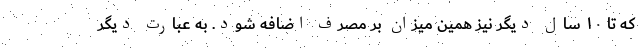
که تا ۱۰ سال دیگر نیز همین میزان بر مصرف اضافه شود. به عبارت دیگر